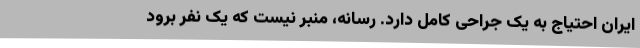
ایران احتیاج به یک جراحی کامل دارد. رسانه، منبر نیست که یک نفر برود